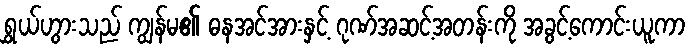
ရွှယ်ဟွားသည် ကျွန်မ၏ ဓနအင်အားနှင့် ဂုဏ်အဆင့်အတန်းကို အခွင့်ကောင်းယူကာ